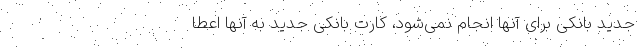
جدید بانکی برای آنها انجام نمی‌شود، کارت بانکی جدید به آنها اعطا